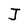
Character: J